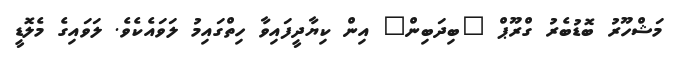
މަޝްހޫރު ބޮޑުބެރު ގްރޫޕް "ބިދަބިން" އިން ކިޔާދީފައިވާ ހިތްގައިމު ލަވައެކެވެ. ލަވައިގެ މެލޮޑީ